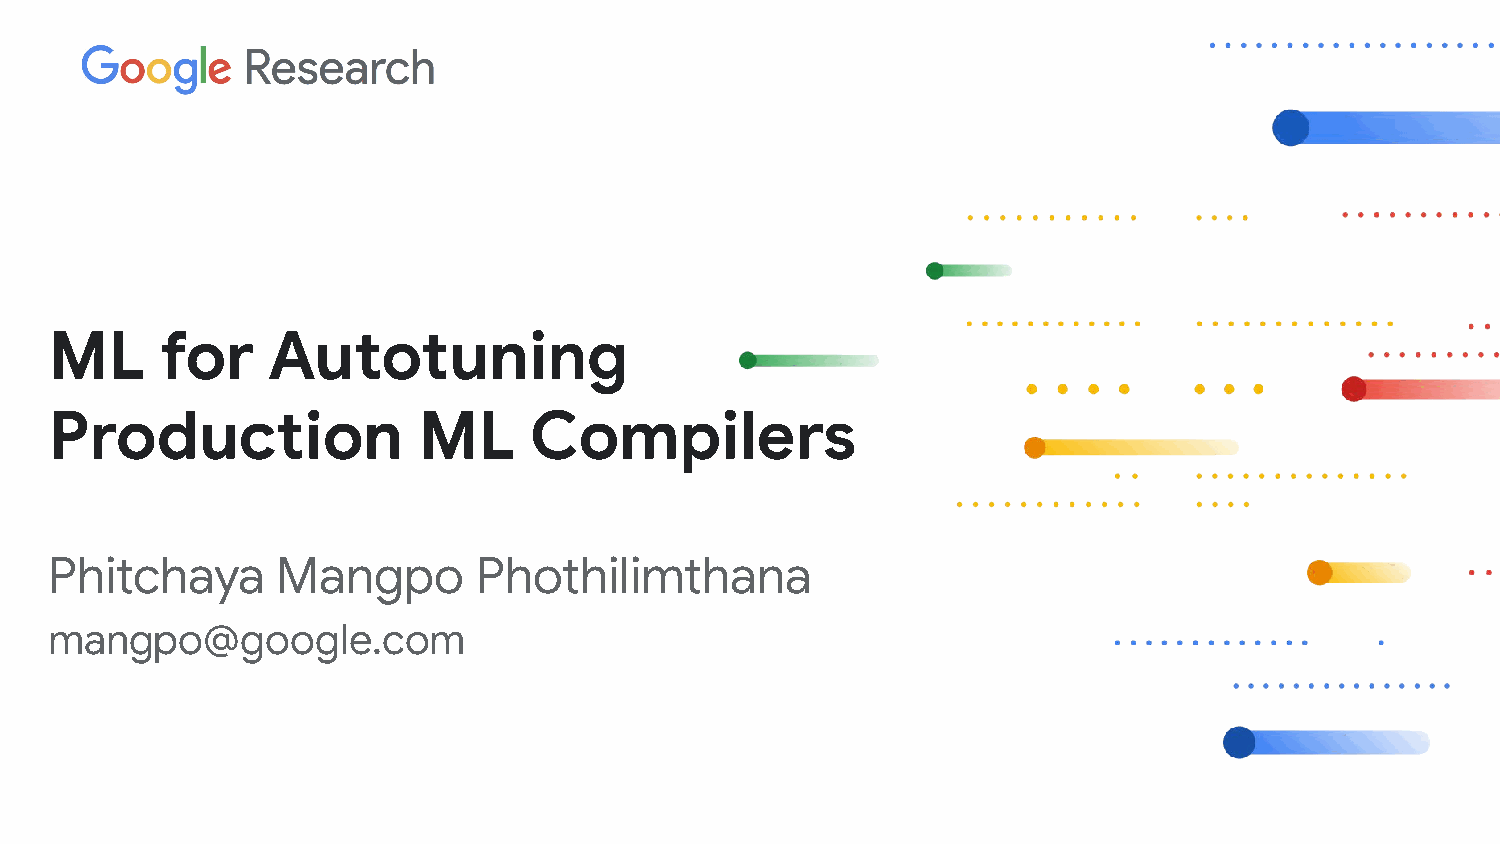
ML      for    Autotuning
 Production               ML     Compilers
 Phitchaya      Mangpo       Phothilimthana
 mangpo@google.com